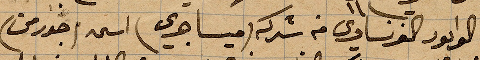
في الوادور الفرنسواي في شركة (ميساوي) اسمه (جورمن)